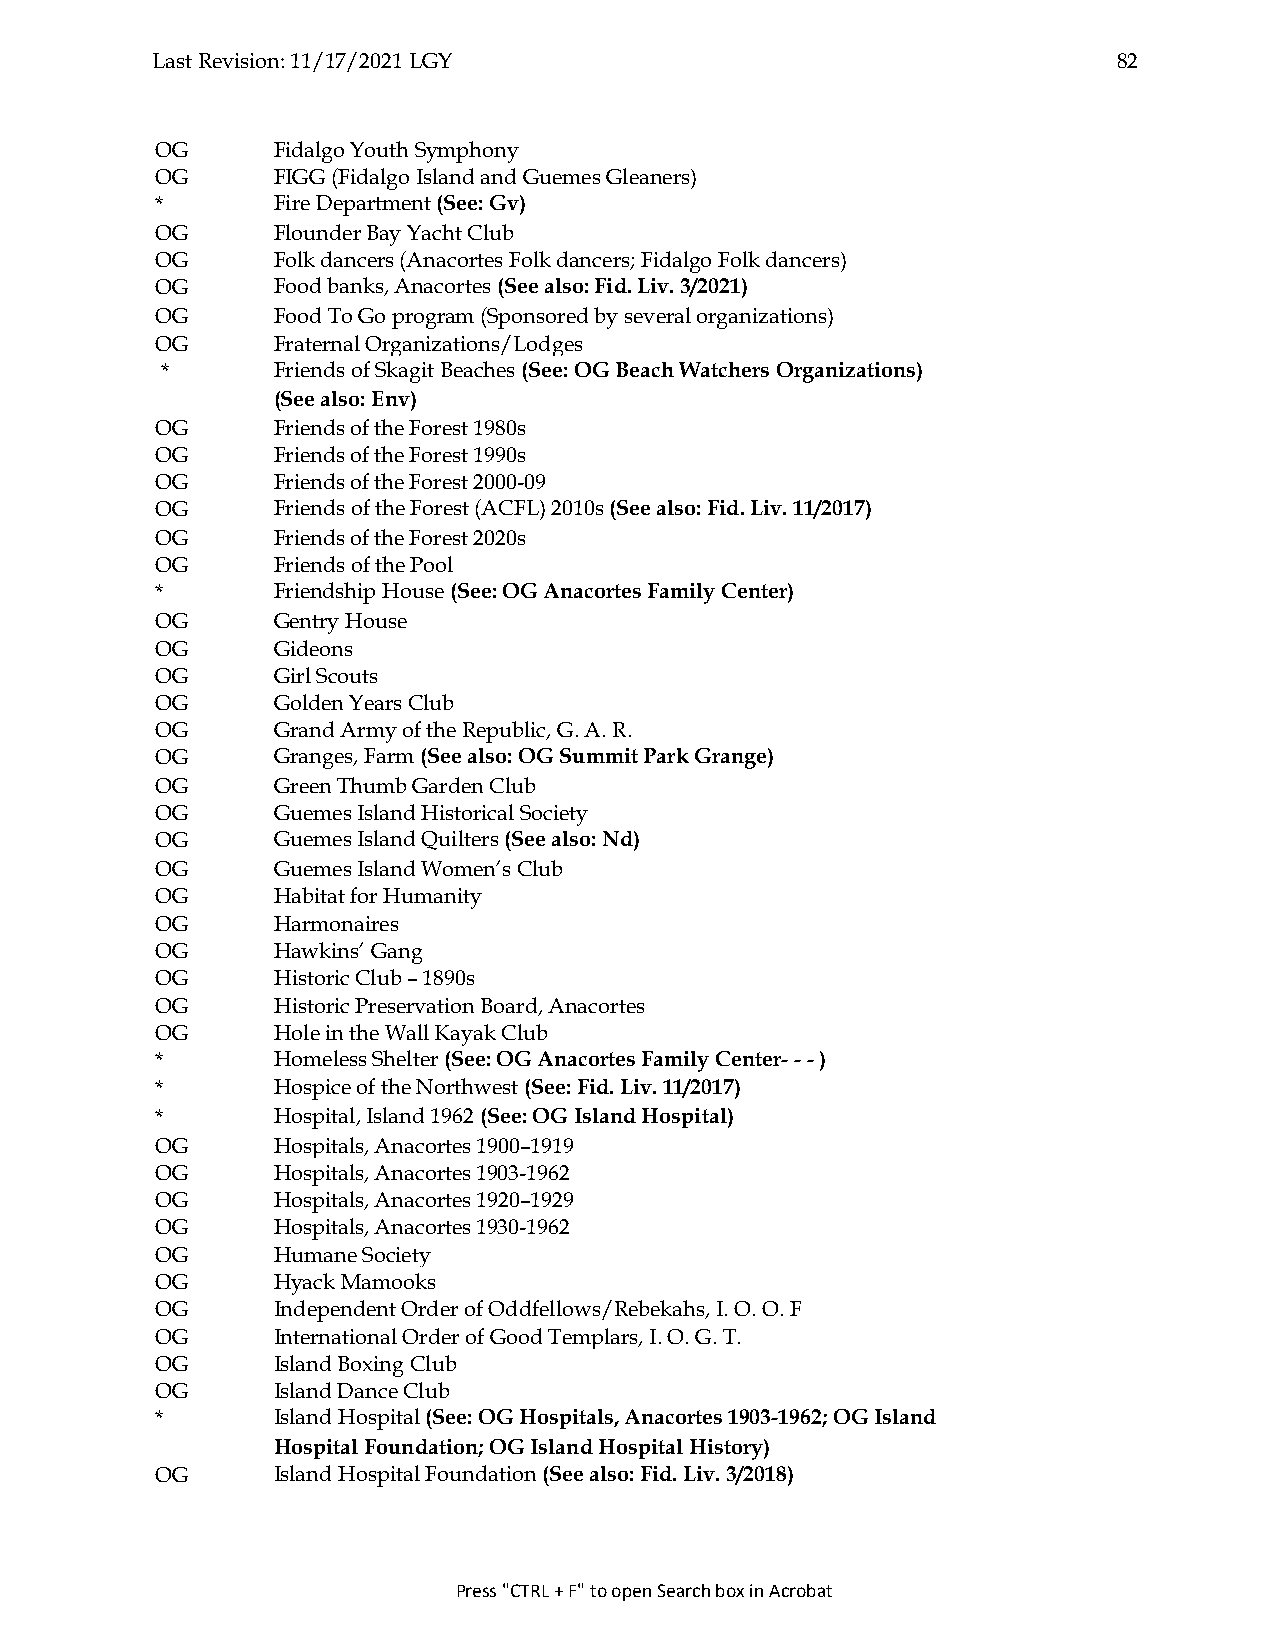
Last Revision: 11/17/2021 LGY                                   82
 OG      Fidalgo Youth Symphony
 OG      FIGG (Fidalgo Island and Guemes Gleaners)
 *       Fire Department (See: Gv)
 OG      Flounder Bay Yacht Club
 OG      Folk dancers (Anacortes Folk dancers; Fidalgo Folk dancers)
 OG      Food banks, Anacortes (See also: Fid. Liv. 3/2021)
 OG      Food To Go program (Sponsored by several organizations)
 OG      Fraternal Organizations/Lodges
 *      Friends of Skagit Beaches (See: OG Beach Watchers Organizations)
 (See also: Env)
 OG      Friends of the Forest 1980s
 OG      Friends of the Forest 1990s
 OG      Friends of the Forest 2000-09
 OG      Friends of the Forest (ACFL) 2010s (See also: Fid. Liv. 11/2017)
 OG      Friends of the Forest 2020s
 OG      Friends of the Pool
 *       Friendship House (See: OG Anacortes Family Center)
 OG      Gentry House
 OG      Gideons
 OG      Girl Scouts
 OG      Golden Years Club
 OG      Grand Army of the Republic, G. A. R.
 OG      Granges, Farm (See also: OG Summit Park Grange)
 OG      Green Thumb Garden Club
 OG      Guemes Island Historical Society
 OG      Guemes Island Quilters (See also: Nd)
 OG      Guemes Island Women’s Club
 OG      Habitat for Humanity
 OG      Harmonaires
 OG      Hawkins’ Gang
 OG      Historic Club – 1890s
 OG      Historic Preservation Board, Anacortes
 OG      Hole in the Wall Kayak Club
 *       Homeless Shelter (See: OG Anacortes Family Center- - - )
 *       Hospice of the Northwest (See: Fid. Liv. 11/2017)
 *       Hospital, Island 1962 (See: OG Island Hospital)
 OG      Hospitals, Anacortes 1900–1919
 OG      Hospitals, Anacortes 1903-1962
 OG      Hospitals, Anacortes 1920–1929
 OG      Hospitals, Anacortes 1930-1962
 OG      Humane Society
 OG      Hyack Mamooks
 OG      Independent Order of Oddfellows/Rebekahs, I. O. O. F
 OG      International Order of Good Templars, I. O. G. T.
 OG      Island Boxing Club
 OG      Island Dance Club
 *       Island Hospital (See: OG Hospitals, Anacortes 1903-1962; OG Island
 Hospital Foundation; OG Island Hospital History)
 OG      Island Hospital Foundation (See also: Fid. Liv. 3/2018)
 Press "CTRL + F" to open Search box in Acrobat